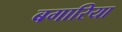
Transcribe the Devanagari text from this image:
बगारिया